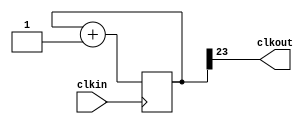
module decoder_prescaler(input clkin, output clkout);

	reg[25:0] count;
	always@(posedge clkin)
		count <= count +1;
		
	assign clkout=count[23];
endmodule